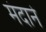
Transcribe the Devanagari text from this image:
मंदाने